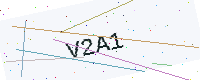
Text: V2A1